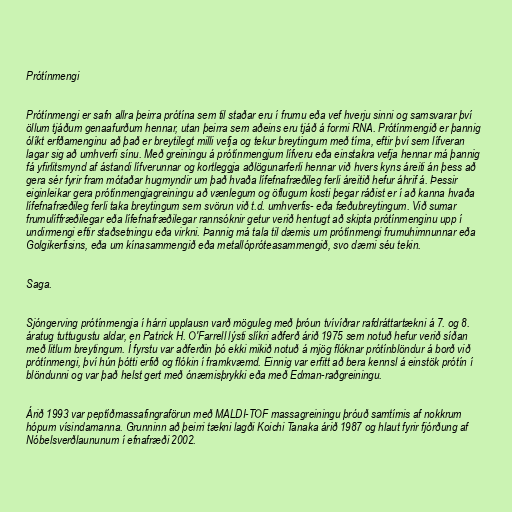
Prótínmengi

Prótínmengi er safn allra þeirra prótína sem til staðar eru í frumu eða vef hverju sinni og samsvarar því
öllum tjáðum genaafurðum hennar, utan þeirra sem aðeins eru tjáð á formi RNA. Prótínmengið er þannig
ólíkt erfðamenginu að það er breytilegt milli vefja og tekur breytingum með tíma, eftir því sem lífveran
lagar sig að umhverfi sínu. Með greiningu á prótínmengjum lífveru eða einstakra vefja hennar má þannig
fá yfirlitsmynd af ástandi lífverunnar og kortleggja aðlögunarferli hennar við hvers kyns áreiti án þess að
gera sér fyrir fram mótaðar hugmyndir um það hvaða lífefnafræðileg ferli áreitið hefur áhrif á. Þessir
eiginleikar gera prótínmengjagreiningu að vænlegum og öflugum kosti þegar ráðist er í að kanna hvaða
lífefnafræðileg ferli taka breytingum sem svörun við t.d. umhverfis- eða fæðubreytingum. Við sumar
frumulíffræðilegar eða lífefnafræðilegar rannsóknir getur verið hentugt að skipta prótínmenginu upp í
undirmengi eftir staðsetningu eða virkni. Þannig má tala til dæmis um prótínmengi frumuhimnunnar eða
Golgikerfisins, eða um kínasammengið eða metallópróteasammengið, svo dæmi séu tekin.

Saga.

Sjóngerving prótínmengja í hárri upplausn varð möguleg með þróun tvívíðrar rafdráttartækni á 7. og 8.
áratug tuttugustu aldar, en Patrick H. O'Farrell lýsti slíkri aðferð árið 1975 sem notuð hefur verið síðan
með litlum breytingum. Í fyrstu var aðferðin þó ekki mikið notuð á mjög flóknar prótínblöndur á borð við
prótínmengi, því hún þótti erfið og flókin í framkvæmd. Einnig var erfitt að bera kennsl á einstök prótín í
blöndunni og var það helst gert með ónæmisþrykki eða með Edman-raðgreiningu.

Árið 1993 var peptíðmassafingraförun með MALDI-TOF massagreiningu þróuð samtímis af nokkrum
hópum vísindamanna. Grunninn að þeirri tækni lagði Koichi Tanaka árið 1987 og hlaut fyrir fjórðung af
Nóbelsverðlaununum í efnafræði 2002.